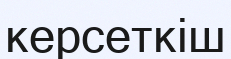
керсеткіш